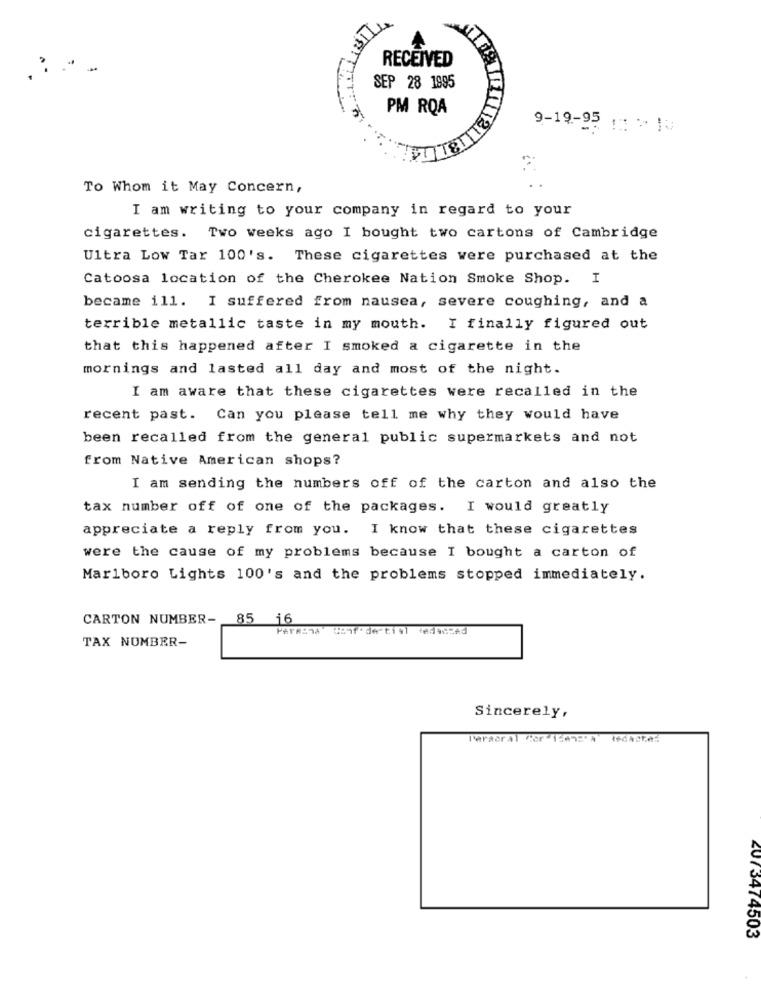
RECEIVED
....
SEP 28 1995
PM RQA
9-19-95 : > 13
To Whom it May Concern,
I am writing to your company in regard to your
cigarettes. Two weeks ago I bought two cartons of Cambridge
Ultra Low Tar 100's. These cigarettes were purchased at the
Catoosa location of the Cherokee Nation Smoke Shop. I
became ill. I suffered from nausea, severe coughing, and a
terrible metallic taste in my mouth. I finally figured out
that this happened after I smoked a cigarette in the
mornings and lasted all day and most of the night.
I am aware that these cigarettes were recalled in the
recent past. Can you please tell me why they would have
been recalled from the general public supermarkets and not
from Native American shops?
I am sending the numbers off of the carton and also the
tax number off of one of the packages. I would greatly
appreciate a reply from you. I know that these cigarettes
were the cause of my problems because I bought a carton of
Marlboro Lights 100's and the problems stopped immediately.
CARTON NUMBER-
85 16
TAX NUMBER-
Sincerely,
Paracral Cor 1:492'A
4073474503